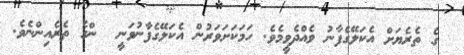
ގެ ތެރެޔަށް އެކަލޭގެފާނު ވެއްދެވީމެވެ. ހަމަކަށަވަރުން އެކަލޭގެފާނުވަނީ  ންގެ ތެރެއިންނެވެ.